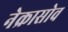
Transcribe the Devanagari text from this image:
नेक्रासोव